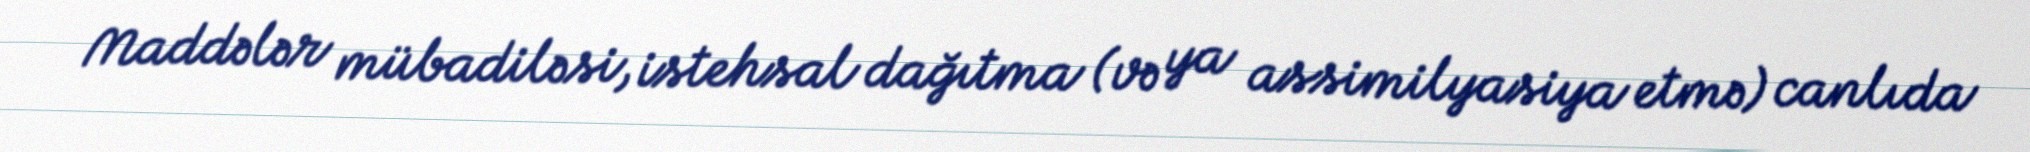
Maddələr mübadiləsi, istehsal dağıtma (və ya assimilyasiya etmə) canlıda